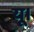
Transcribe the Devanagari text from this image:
यू।